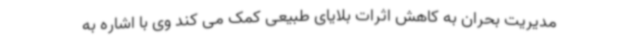
مدیریت بحران به کاهش اثرات بلایای طبیعی کمک می کند وی با اشاره به